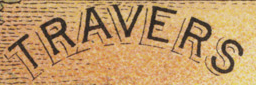
TRAVERS